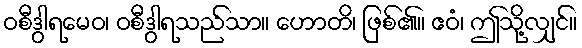
ဝစီဒွါရမေဝ၊ ဝစီဒွါရသည်သာ။ ဟောတိ၊ ဖြစ်၏။ ဧဝံ၊ ဤသို့လျှင်။